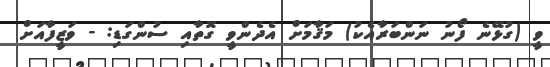
ވީ (ގުޅޭނެ ފޯނު ނަންބަރާއެކު) މަޤާމަށް އެދެންވީ ގޮތާއި ސުންގަޑި: - ވަޒީފާއަށް